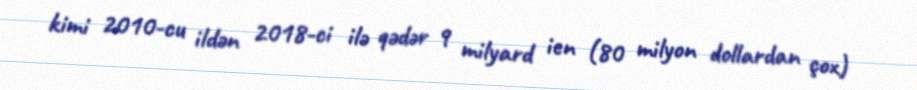
kimi 2010-cu ildən 2018-ci ilə qədər 9 milyard ien (80 milyon dollardan çox)